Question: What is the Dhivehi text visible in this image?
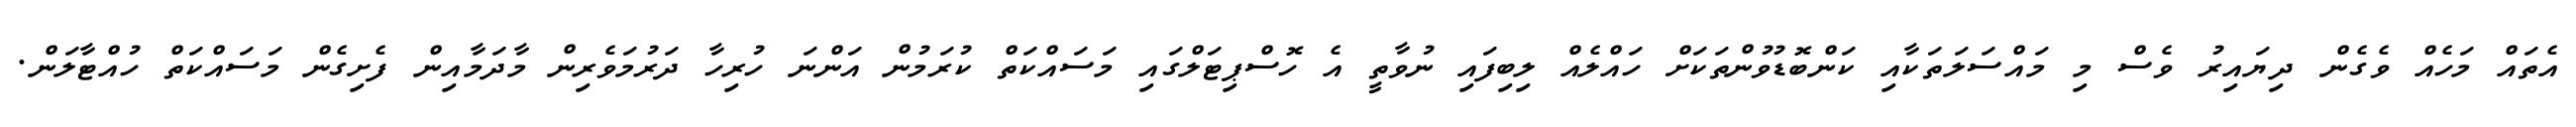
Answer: އެތައް މަހެއް ވެގެން ދިޔައިރު ވެސް މި މައްސަލަތަކާއި ކަންބޮޑުވުންތަކަށް ހައްލެއް ލިބިފައި ނުވާތީ އެ ހޮސްޕިޓަލްގައި މަސައްކަތް ކުރަމުން އަންނަ ހުރިހާ ދަރުމަވެރިން މާދަމާއިން ފެށިގެން މަސައްކަތް ހުއްޓާލަން.